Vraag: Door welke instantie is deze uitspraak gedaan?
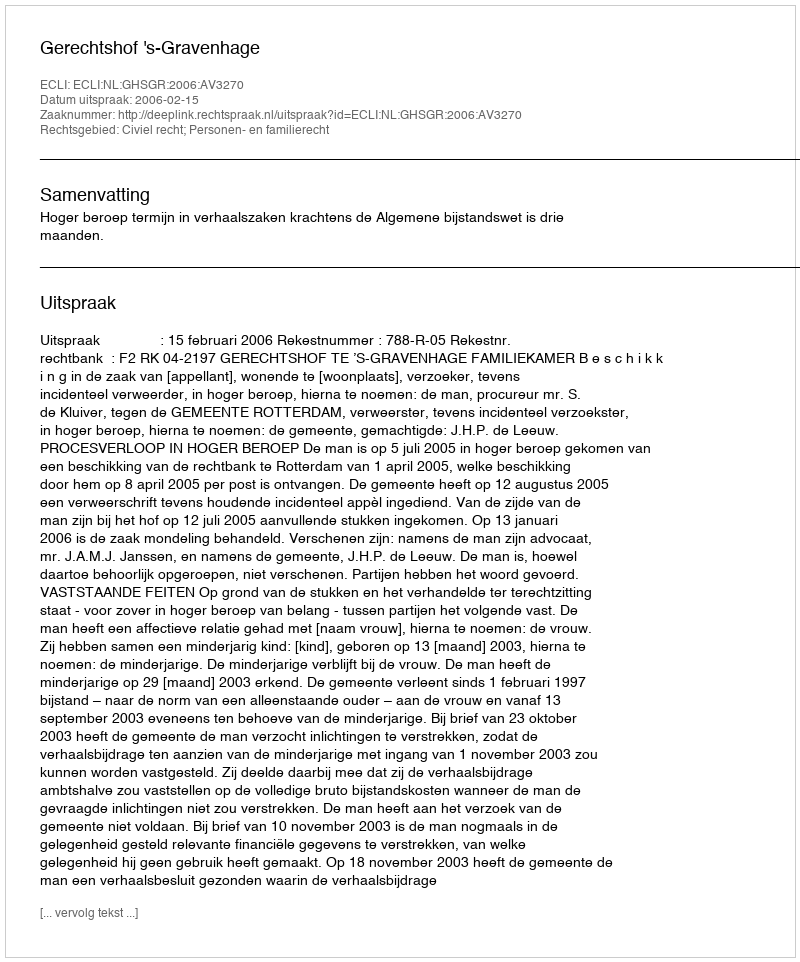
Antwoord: Gerechtshof 's-Gravenhage